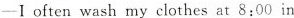
——Ioften wash my clothes at 8:00 in